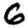
Digit: 6